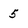
Character: 5